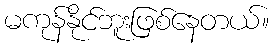
မကုန်နိုင်ဘူးဖြစ်နေတယ်။